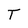
Character: T